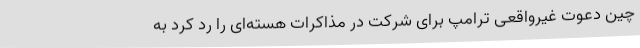
چین دعوت غیرواقعی ترامپ برای شرکت در مذاکرات هسته‌ای را رد کرد به